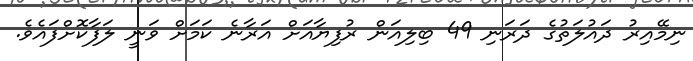
ނިމޭއިރު ދައުލަތުގެ ދަރަނި 49 ބިލިއަން ރުފިޔާއަށް އަރާނެ ކަމަށް ވަނީ ލަފާކޮށްފައެވެ.